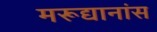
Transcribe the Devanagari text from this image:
मरूद्यानांस